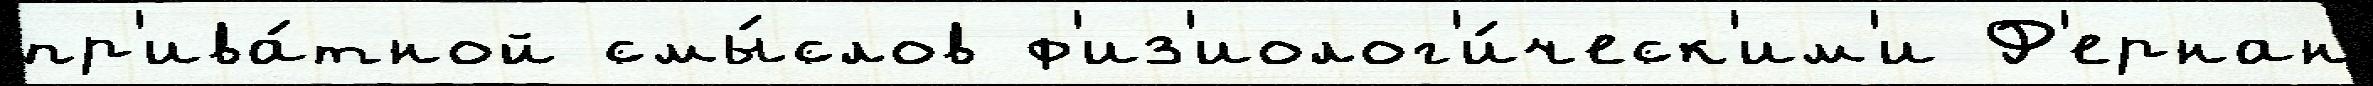
пр'ива́тной смы́слов ф'из'иолог'и́ческ'им'и Ф'ернан